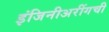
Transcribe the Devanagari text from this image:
इंजिनीअरींगची